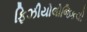
ફિઝીયોલોજિકલી